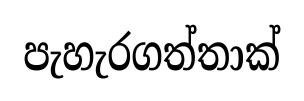
පැහැරගත්තාක්